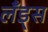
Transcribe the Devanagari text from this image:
लँड्स